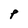
Character: P